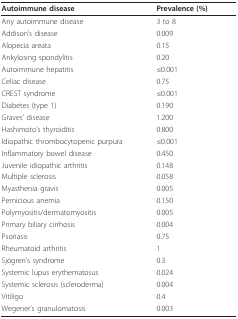
<table><thead><tr><td><b>Autoimmune disease</b></td><td><b>Prevalence (%)</b></td></tr></thead><tbody><tr><td>Any autoimmune disease</td><td>3 to 8</td></tr><tr><td>Addison&#x27;s disease</td><td>0.009</td></tr><tr><td>Alopecia areata</td><td>0.15</td></tr><tr><td>Ankylosing spondylitis</td><td>0.20</td></tr><tr><td>Autoimmune hepatitis</td><td>≤0.001</td></tr><tr><td>Celiac disease</td><td>0.75</td></tr><tr><td>CREST syndrome</td><td>≤0.001</td></tr><tr><td>Diabetes (type 1)</td><td>0.190</td></tr><tr><td>Graves&#x27; disease</td><td>1.200</td></tr><tr><td>Hashimoto&#x27;s thyroiditis</td><td>0.800</td></tr><tr><td>Idiopathic thrombocytopenic purpura</td><td>≤0.001</td></tr><tr><td>Inflammatory bowel disease</td><td>0.450</td></tr><tr><td>Juvenile idiopathic arthritis</td><td>0.148</td></tr><tr><td>Multiple sclerosis</td><td>0.058</td></tr><tr><td>Myasthenia gravis</td><td>0.005</td></tr><tr><td>Pernicious anemia</td><td>0.150</td></tr><tr><td>Polymyositis/dermatomyositis</td><td>0.005</td></tr><tr><td>Primary biliary cirrhosis</td><td>0.004</td></tr><tr><td>Psoriasis</td><td>0.75</td></tr><tr><td>Rheumatoid arthritis</td><td>1</td></tr><tr><td>Sjögren&#x27;s syndrome</td><td>0.3</td></tr><tr><td>Systemic lupus erythematosus</td><td>0.024</td></tr><tr><td>Systemic sclerosis (scleroderma)</td><td>0.004</td></tr><tr><td>Vitiligo</td><td>0.4</td></tr><tr><td>Wegener&#x27;s granulomatosis</td><td>0.003</td></tr></tbody></table>